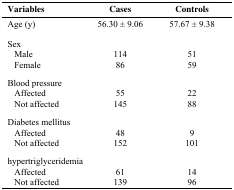
| Variables | Cases | Controls |
 | --- | --- | --- |
 | Age (y) | 56.30 ± 9.06 | 57.67 ± 9.38 |
 | Sex |  |  |
 | Male | 114 | 51 |
 | Female | 86 | 59 |
 | Blood pressure |  |  |
 | Affected | 55 | 22 |
 | Not affected | 145 | 88 |
 | Diabetes mellitus |  |  |
 | Affected | 48 | 9 |
 | Not affected | 152 | 101 |
 | hypertriglyceridemia |  |  |
 | Affected | 61 | 14 |
 | Not affected | 139 | 96 |